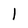
Character: l